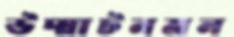
উদ্ঘাটনমন